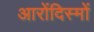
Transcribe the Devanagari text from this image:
आरोंदिस्मों